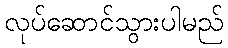
လုပ်ဆောင်သွားပါမည်